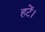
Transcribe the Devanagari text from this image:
हटें।